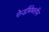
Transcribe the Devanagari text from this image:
पेन्‍डीमेथलीन